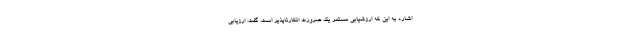
اشاره به این که ارزشیابی مستمر یک ضرورت انکارناپذیر است، گفت: ارزیابی